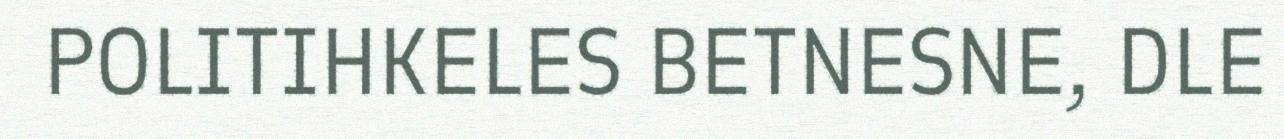
POLITIHKELES BETNESNE, DLE